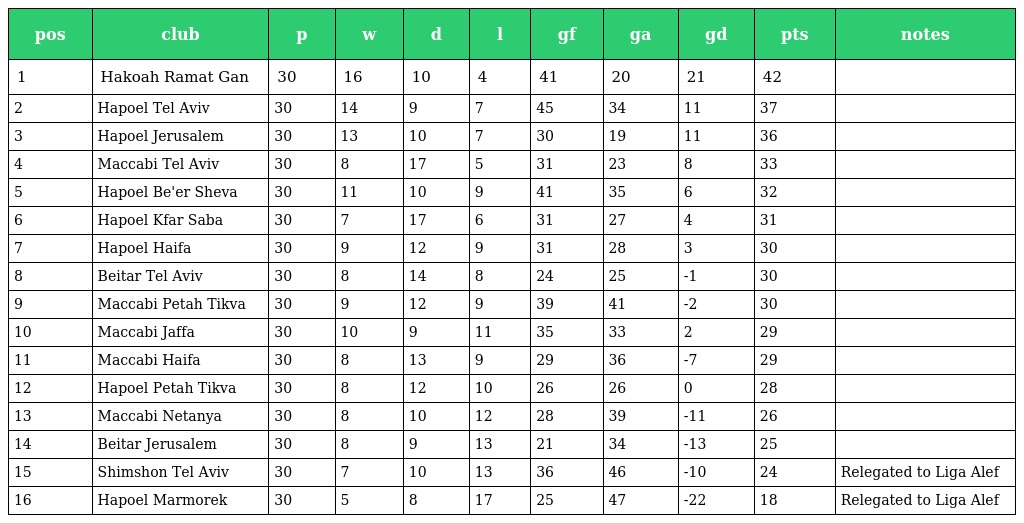
| pos | club | p | w | d | l | gf | ga | gd | pts | notes |
 | --- | --- | --- | --- | --- | --- | --- | --- | --- | --- | --- |
 | 1 | Hakoah Ramat Gan | 30 | 16 | 10 | 4 | 41 | 20 | 21 | 42 |  |
 | 2 | Hapoel Tel Aviv | 30 | 14 | 9 | 7 | 45 | 34 | 11 | 37 |  |
 | 3 | Hapoel Jerusalem | 30 | 13 | 10 | 7 | 30 | 19 | 11 | 36 |  |
 | 4 | Maccabi Tel Aviv | 30 | 8 | 17 | 5 | 31 | 23 | 8 | 33 |  |
 | 5 | Hapoel Be'er Sheva | 30 | 11 | 10 | 9 | 41 | 35 | 6 | 32 |  |
 | 6 | Hapoel Kfar Saba | 30 | 7 | 17 | 6 | 31 | 27 | 4 | 31 |  |
 | 7 | Hapoel Haifa | 30 | 9 | 12 | 9 | 31 | 28 | 3 | 30 |  |
 | 8 | Beitar Tel Aviv | 30 | 8 | 14 | 8 | 24 | 25 | -1 | 30 |  |
 | 9 | Maccabi Petah Tikva | 30 | 9 | 12 | 9 | 39 | 41 | -2 | 30 |  |
 | 10 | Maccabi Jaffa | 30 | 10 | 9 | 11 | 35 | 33 | 2 | 29 |  |
 | 11 | Maccabi Haifa | 30 | 8 | 13 | 9 | 29 | 36 | -7 | 29 |  |
 | 12 | Hapoel Petah Tikva | 30 | 8 | 12 | 10 | 26 | 26 | 0 | 28 |  |
 | 13 | Maccabi Netanya | 30 | 8 | 10 | 12 | 28 | 39 | -11 | 26 |  |
 | 14 | Beitar Jerusalem | 30 | 8 | 9 | 13 | 21 | 34 | -13 | 25 |  |
 | 15 | Shimshon Tel Aviv | 30 | 7 | 10 | 13 | 36 | 46 | -10 | 24 | Relegated to Liga Alef |
 | 16 | Hapoel Marmorek | 30 | 5 | 8 | 17 | 25 | 47 | -22 | 18 | Relegated to Liga Alef |